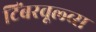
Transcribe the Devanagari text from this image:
टिंबरवूल्व्स